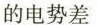
的电势差